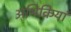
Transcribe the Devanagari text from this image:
अभिक्रियां